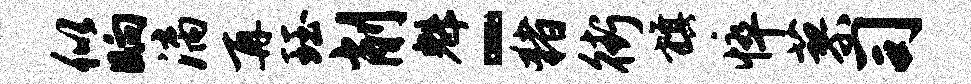
似晌漓再珏削魁-猪街旗悴蓼司